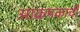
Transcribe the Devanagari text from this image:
आक्रमकाची